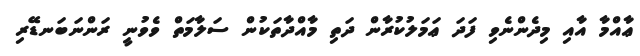
ޢާއްމާ އާއި މިދެންނެވި ފަދަ ޢަމަލުކުރާން ދަތި މާއްދާތަކުން ސަލާމަތް ވެވުނީ ރަންނަބަނޑޭރި